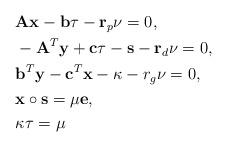
LaTeX: \begin{align*}\begin{aligned} & \mathbf{Ax}-\mathbf{b}\tau -{{\mathbf{r}}_{p}}\nu =0, \\ & -{{\mathbf{A}}^{T}}\mathbf{y}+\mathbf{c}\tau -\mathbf{s}-{{\mathbf{r}}_{d}}\nu =0, \\ & {{\mathbf{b}}^{T}}\mathbf{y}-{{\mathbf{c}}^{T}}\mathbf{x}-\kappa -{{r}_{g}}\nu =0, \\ & \mathbf{x}\circ\mathbf{s}=\mu\mathbf{e}, \\ & \kappa \tau =\mu\end{aligned}\end{align*}